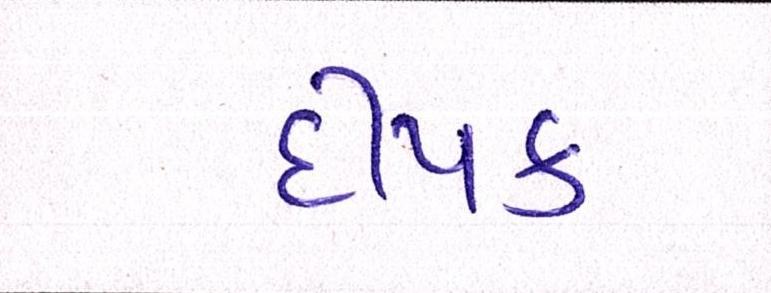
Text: દીપક